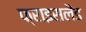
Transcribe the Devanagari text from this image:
फ्राइसलैंड